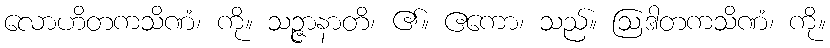
လောဟိတကသိဏံ၊ ကို။ သဉ္ဇာနာတိ၊ ၏။ ဧကော၊ သည်။ ဩဒါတကသိဏံ၊ ကို။